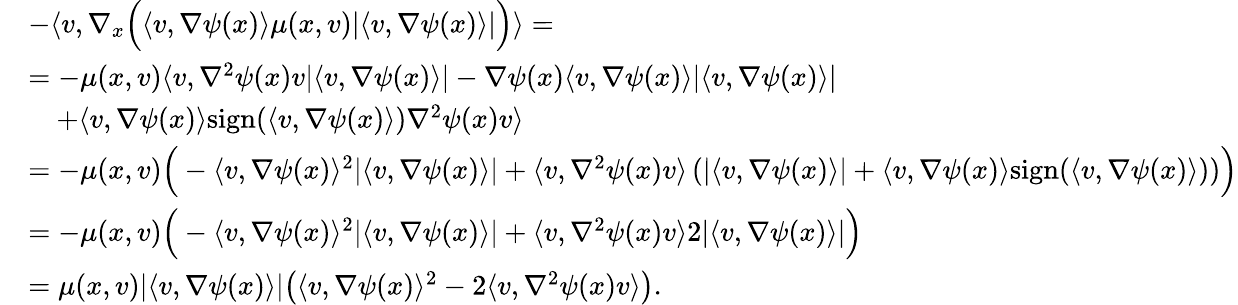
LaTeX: \begin{array}{rl}&{-\langle v,\nabla_{x}\Big(\langle v,\nabla\psi(x)\rangle\mu(x,v)\lvert\langle v,\nabla\psi(x)\rangle\rvert\Big)\rangle=}\\ &{=-\mu(x,v)\langle v,\nabla^{2}\psi(x)v\lvert\langle v,\nabla\psi(x)\rangle\rvert-\nabla\psi(x)\langle v,\nabla\psi(x)\rangle\lvert\langle v,\nabla\psi(x)\rangle\rvert}\\ &{\quad+\langle v,\nabla\psi(x)\rangle\mathrm{sign}(\langle v,\nabla\psi(x)\rangle)\nabla^{2}\psi(x)v\rangle}\\ &{=-\mu(x,v)\Big(-\langle v,\nabla\psi(x)\rangle^{2}\lvert\langle v,\nabla\psi(x)\rangle\rvert+\langle v,\nabla^{2}\psi(x)v\rangle\left(\lvert\langle v,\nabla\psi(x)\rangle\rvert+\langle v,\nabla\psi(x)\rangle\mathrm{sign}(\langle v,\nabla\psi(x)\rangle)\right)\Big)}\\ &{=-\mu(x,v)\Big(-\langle v,\nabla\psi(x)\rangle^{2}\lvert\langle v,\nabla\psi(x)\rangle\rvert+\langle v,\nabla^{2}\psi(x)v\rangle 2\lvert\langle v,\nabla\psi(x)\rangle\rvert\Big)}\\ &{=\mu(x,v)\lvert\langle v,\nabla\psi(x)\rangle\rvert\big(\langle v,\nabla\psi(x)\rangle^{2}-2\langle v,\nabla^{2}\psi(x)v\rangle\big).}\end{array}